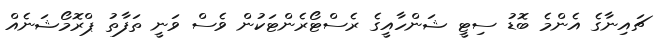
ޗައިނާގެ އެންމެ ބޮޑު ސިޓީ ޝަންހާއީގެ ރެސްޓޯރެންޓަކުން ވެސް ވަނީ ތަފާތު ޕްރޮމޯޝަނެއް